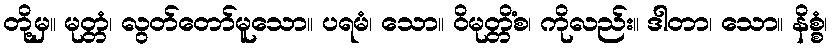
တို့မှ။ မုတ္တံ၊ လွတ်တော်မူသော။ ပရမံ၊ သော။ ဝိမုတ္တိံစ၊ ကိုလည်း။ ဒါတာ၊ သော။ နိစ္စံ၊